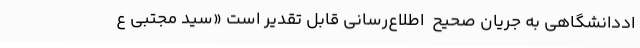
اددانشگاهی به جریان صحیح  اطلاع‌رسانی قابل تقدیر است «سید مجتبی ع